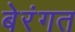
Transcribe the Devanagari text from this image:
बेरंगत